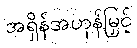
အရှိန်အဟုန်မြှင့်